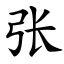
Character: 张